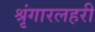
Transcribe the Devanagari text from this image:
श्रृंगारलहरी